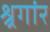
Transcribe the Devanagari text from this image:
श्र्रगांर